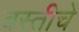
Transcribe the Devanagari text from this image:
बस्तीचे